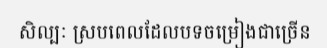
សិល្បៈ ស្របពេលដែលបទចម្រៀងជាច្រើន